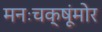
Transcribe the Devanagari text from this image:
मनःचक्षूंमोर